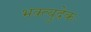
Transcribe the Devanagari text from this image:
भक्त्युद्रेकः